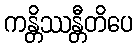
ကန္တိဿန္တီတိပေ